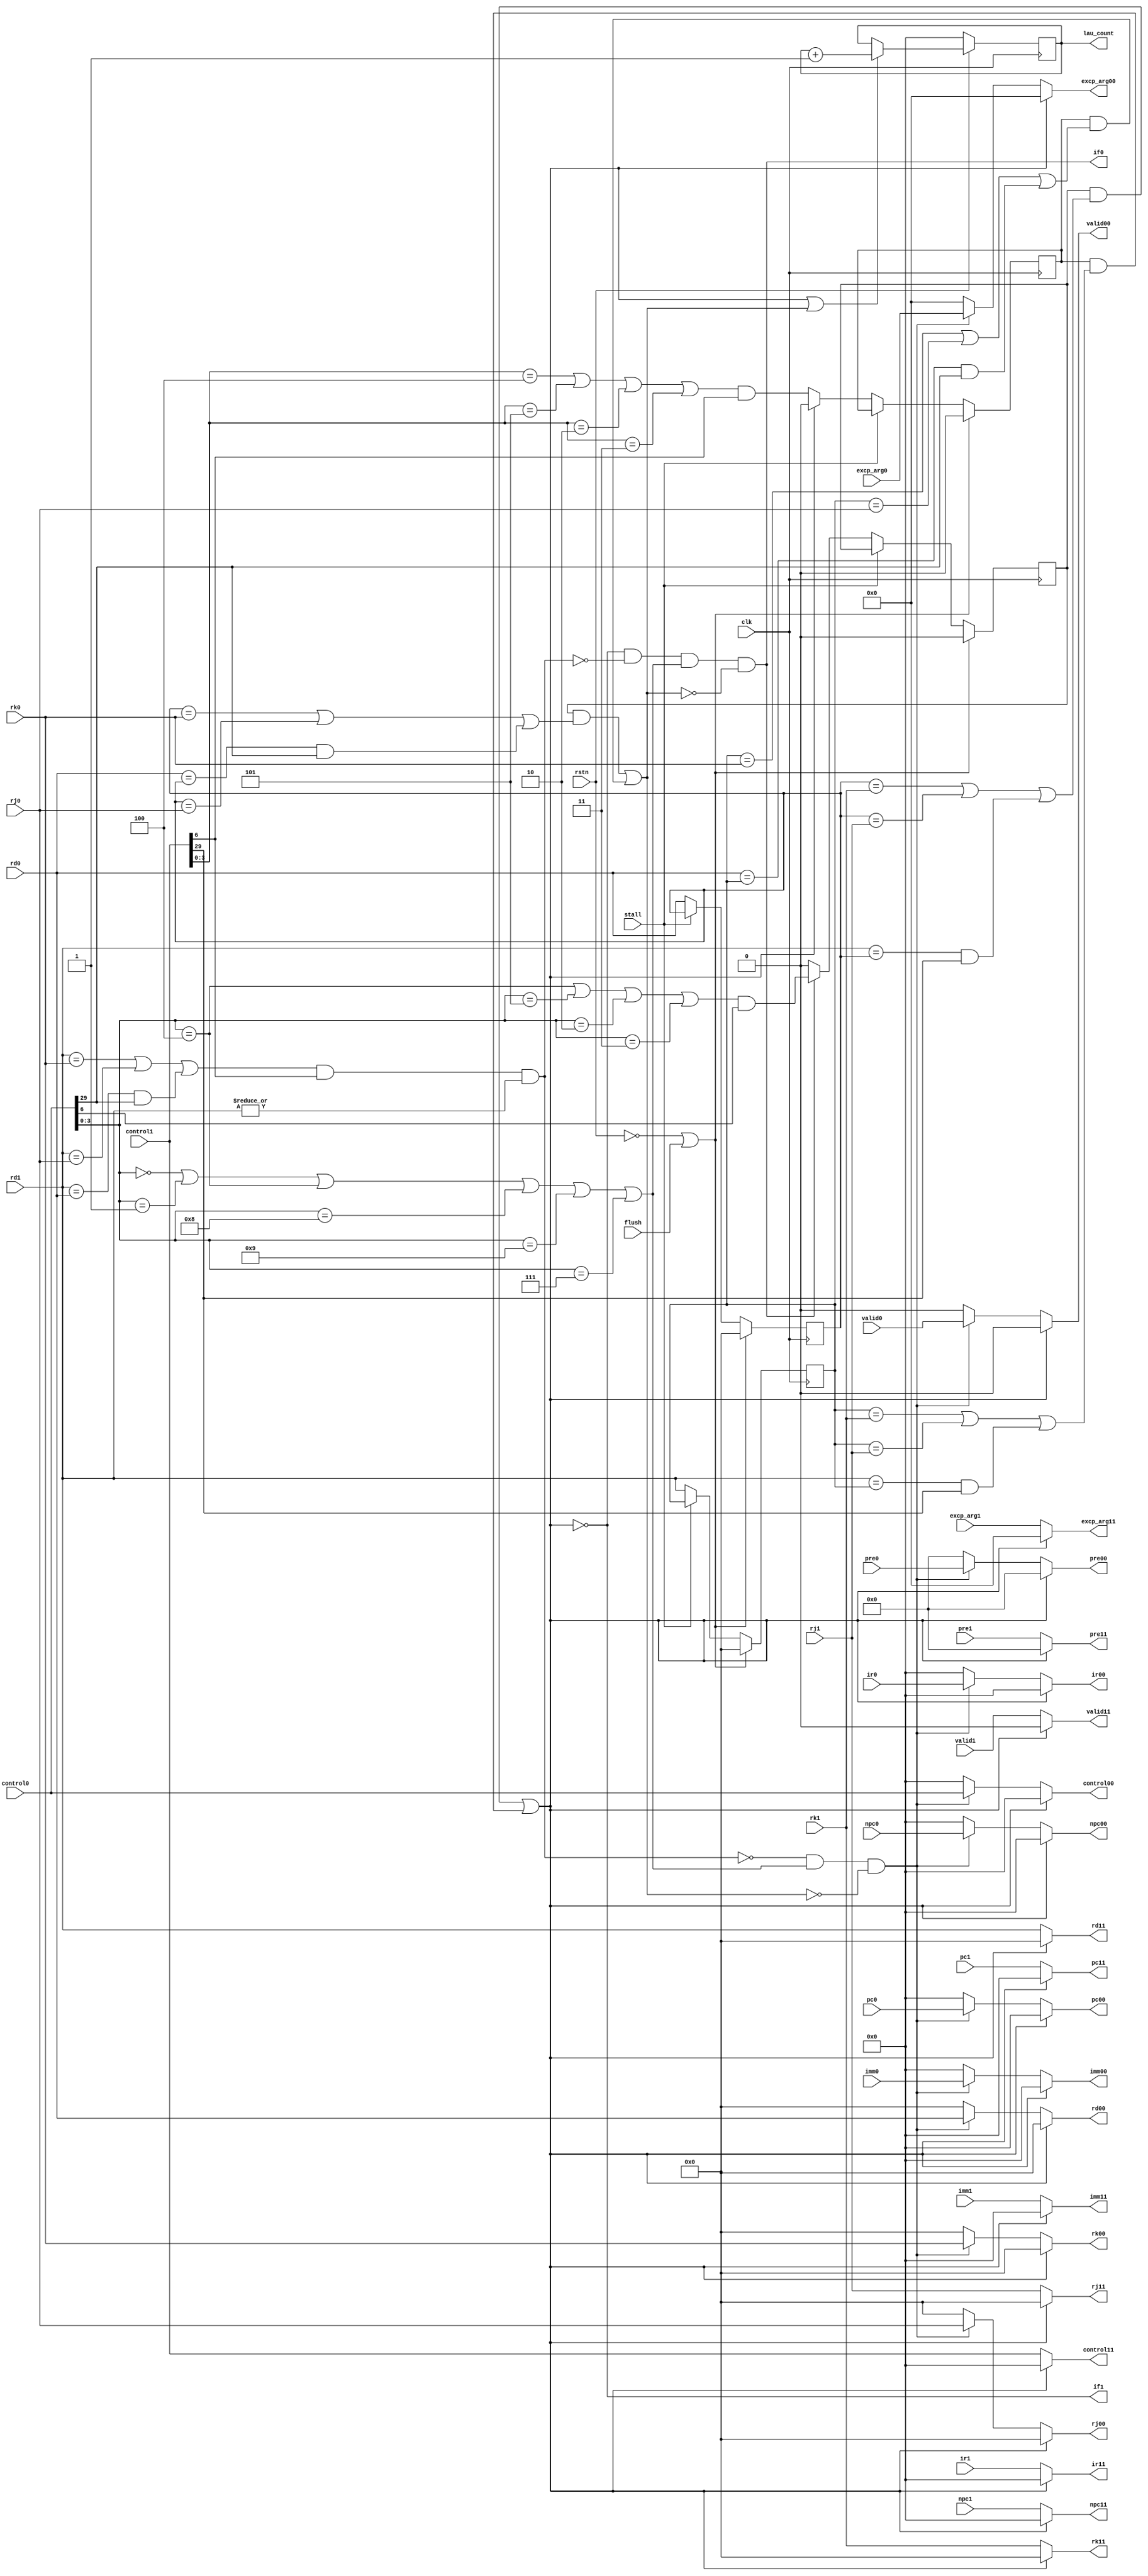
module dispatcher (
    input clk,rstn,flush,stall,valid0,valid1,
    input [31:0]imm0,imm1,control0,control1,pc0,pc1,ir0,ir1,npc0,npc1,
    input [4:0]rk0,rk1,rj0,rj1,rd0,rd1,
    input [15:0]excp_arg0,excp_arg1,
    input [75:0]pre0,pre1,
    output reg [4:0]rk00,rk11,rj00,rj11,rd00,rd11,
    output reg [31:0]imm00,imm11,control00,control11,pc00,pc11,ir00,ir11,npc00,npc11,
    output reg [15:0]excp_arg00,excp_arg11,
    output reg [75:0]pre00,pre11,
    (* MAX_FANOUT = 2 *)output reg if0,if1,
    output reg valid00,valid11,
    output reg [31:0]lau_count
);
    //alu div mul
    //
    //3000alu3004dcache
    reg [4:0]rd0_reg,rd1_reg;
    reg twostates0_reg,twostates1_reg;
    wire [3:0]type0=control0[3:0];
    wire [3:0]type1=control1[3:0];
    wire regwrite0=control0[6];
    wire regwrite1=control1[6];
    //0:alu, 1:br, 2:div, 3:priv, 4:mul, 5:dcache, 6:priv+dcache, 7:RDCNT, 8:alu+br, 9:ibar, 10:priv+mmu, 11:mmu
    wire xiangguan=(rd1==rk0|rd1==rj0|rd1==rd0&control0[29])&regwrite1&(|rd1);
    // wire xiangguan=(/*rd0==rd1|rd0==rk1|rd0==rj1|*/rd0==rk1|rd0==rj1|rd1==rk0|rd1==rj0);
    wire upable=(type0==0|type0==1|/*type0==2|*/type0==4|type0==8|type0==9|type0==7);
    // wire suanshu1=(type1==0|type1==2|type1==4);
    // wire suanshubr1=(suanshu1|type1==1|type1==8);
    // wire jiaohuan=(type0==5)&suanshu1;//3000alu3004dcache
    wire twostates0=((type0==4|type0==5|type0==2|type0==3)&regwrite0);
    wire twostates1=((type1==4|type1==5|type1==2|type1==3)&regwrite1);
    
    wire stall1=(twostates0_reg&(rd0_reg==rk1|rd0_reg==rj1|rd1==rd0_reg&control1[29]))
               |(twostates1_reg&(rd1_reg==rk1|rd1_reg==rj1|rd1==rd1_reg&control1[29]));
    wire stall0=(twostates0_reg&(rd0_reg==rk0|rd0_reg==rj0|rd0==rd0_reg&control0[29]))
               |(twostates1_reg&(rd1_reg==rk0|rd1_reg==rj0|rd0==rd1_reg&control0[29]));

    always @(posedge clk )begin
        if(!rstn|flush) begin
            twostates0_reg <= 0;
            twostates1_reg <= 0;
            rd0_reg <= 0;
            rd1_reg <= 0;
        end
        else if(!stall)begin
            twostates0_reg <= if0 ? twostates0:0;
            rd0_reg <= rd0; 
            twostates1_reg <= if1 ? twostates1:0;
            rd1_reg <= rd1; 
        end
    end

    always @(posedge clk) begin
        if(~rstn) lau_count<=0;
        else if(stall1|stall0) lau_count<=lau_count+1;
    end

    always @(*) begin
        if0 = ~stall1 & ~xiangguan & upable & ~stall0;
        if1 = ~stall1;
    end

    always @(*) begin
        if (stall1) begin
            rk00=0;
            rk11=0;
            rj00=0;
            rj11=0;
            rd00=0;
            rd11=0;
            imm00=0;
            imm11=0;
            control00=0;
            control11=0;
            excp_arg00=0;
            excp_arg11=0;
            // if0=0;
            // if1=0;
            pc00=0;
            pc11=0;
            ir00=0;
            ir11=0;
            valid00=0;
            valid11=0;
            pre00=0;
            pre11=0;
            npc00=0;
            npc11=0;
        end
        else if(!xiangguan&upable&!stall0)begin//
            rk00=rk0;
            rk11=rk1;
            rj00=rj0;
            rj11=rj1;
            rd00=rd0;
            rd11=rd1;
            imm00=imm0;
            imm11=imm1;
            control00=control0;
            control11=control1;
            excp_arg00=excp_arg0;
            excp_arg11=excp_arg1;
            // if0=1;
            // if1=1;
            pc00=pc0;
            pc11=pc1;
            ir00=ir0;
            ir11=ir1;
            valid00=valid0;
            valid11=valid1;
            pre00=pre0;
            pre11=pre1;
            npc00=npc0;
            npc11=npc1;
        end
        // else if(!xiangguan&jiaohuan) begin//
        //     rk00=rk1;
        //     rk11=rk0;
        //     rj00=rj1;
        //     rj11=rj0;
        //     rd00=rd1;
        //     rd11=rd0;
        //     imm00=imm1;
        //     imm11=imm0;
        //     control00=control1;
        //     control11=control0;
        //     excp_arg00=excp_arg1;
        //     excp_arg11=excp_arg0;
        //     if0=1;
        //     if1=1;
        //     pc00=pc1;
        //     pc11=pc0;
        // end
        else begin
            rk00=0;
            rk11=rk1;
            rj00=0;
            rj11=rj1;
            rd00=0;
            rd11=rd1;
            imm00=0;
            imm11=imm1;
            control00=0;
            control11=control1;
            excp_arg00=0;
            excp_arg11=excp_arg1;
            // if0=0;
            // if1=1;
            pc00=0;
            pc11=pc1;
            ir00=0;
            ir11=ir1;
            valid00=0;
            valid11=valid1;
            pre00=0;
            pre11=pre1;
            npc00=0;
            npc11=npc1;
        end
    end
endmodule